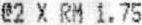
@2 X RM 1.75